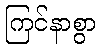
ကြင်နာစွာ